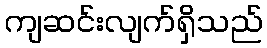
ကျဆင်းလျက်ရှိသည်